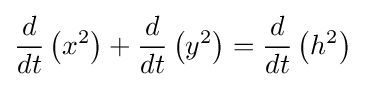
{\frac {d}{dt}}\left(x^{2}\right)+{\frac {d}{dt}}\left(y^{2}\right)={\frac {d}{dt}}\left(h^{2}\right)